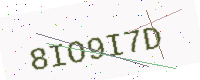
Text: 8IO9I7D